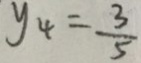
y _ { 4 } = \frac { 3 } { 5 }